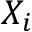
X _ { i }